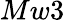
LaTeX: Mw3